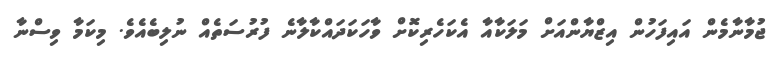
ޖުމާނާމެން އައިފަހުން އިޒްޔާންއަށް މަލަކާއާ އެކަހެރިކޮށް ވާހަކަދައްކާލާނެ ފުރުސަތެއް ނުލިބެއެވެ. މިކަމާ ވިސްނާ